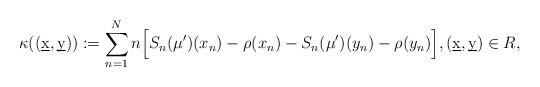
LaTeX: \begin{align*}\kappa((\underbar{x}, \underbar{y})):= \sum_{n=1}^{N} n \Big[ S_n(\mu')(x_n) - \rho(x_n) - S_n(\mu')(y_n) - \rho(y_n) \Big], (\underbar{x}, \underbar{y}) \in R,\end{align*}